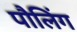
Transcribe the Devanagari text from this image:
पौलिंग